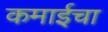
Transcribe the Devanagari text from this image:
कमाईचा